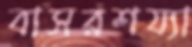
বাসরশয্যা